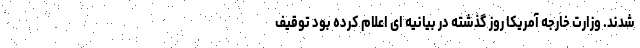
شدند. وزارت خارجه آمریکا روز گذشته در بیانیه ای اعلام کرده بود توقیف